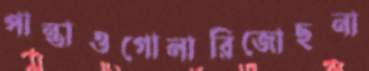
পান্তাওগোলারিজোছনা